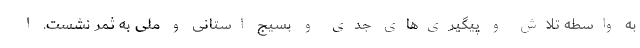
به واسطه تلاش و پیگیری‌های جدی و بسیج استانی و ملی به ثمر نشست. ا